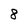
Character: 8